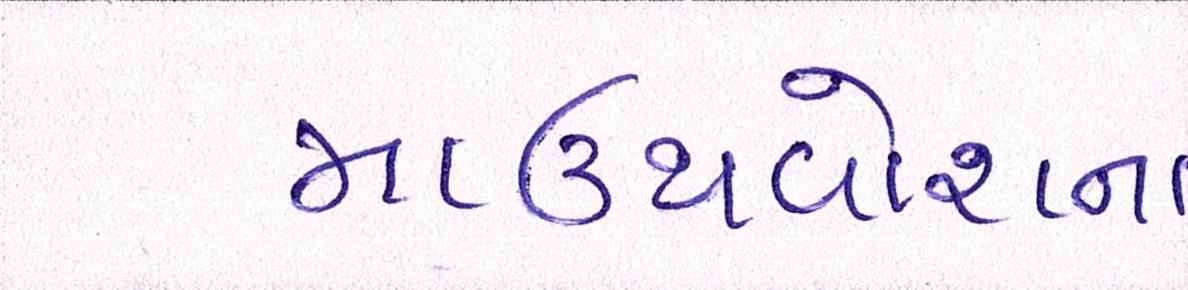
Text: માઉથવોશના